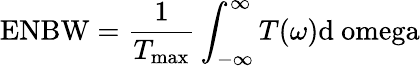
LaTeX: \textrm{ENBW}=\frac{1}{T_{\mathrm{{max}}}}\int_{-\infty}^{\infty}{T(\omega)\mathrm{{d}\ omega}}